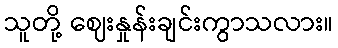
သူတို့ ဈေးနှုန်းချင်းကွာသလား။